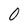
Character: O